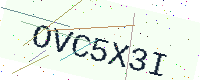
Text: OVC5X3I